Vabadussoja_Ajaloo_Komitee, lk 20
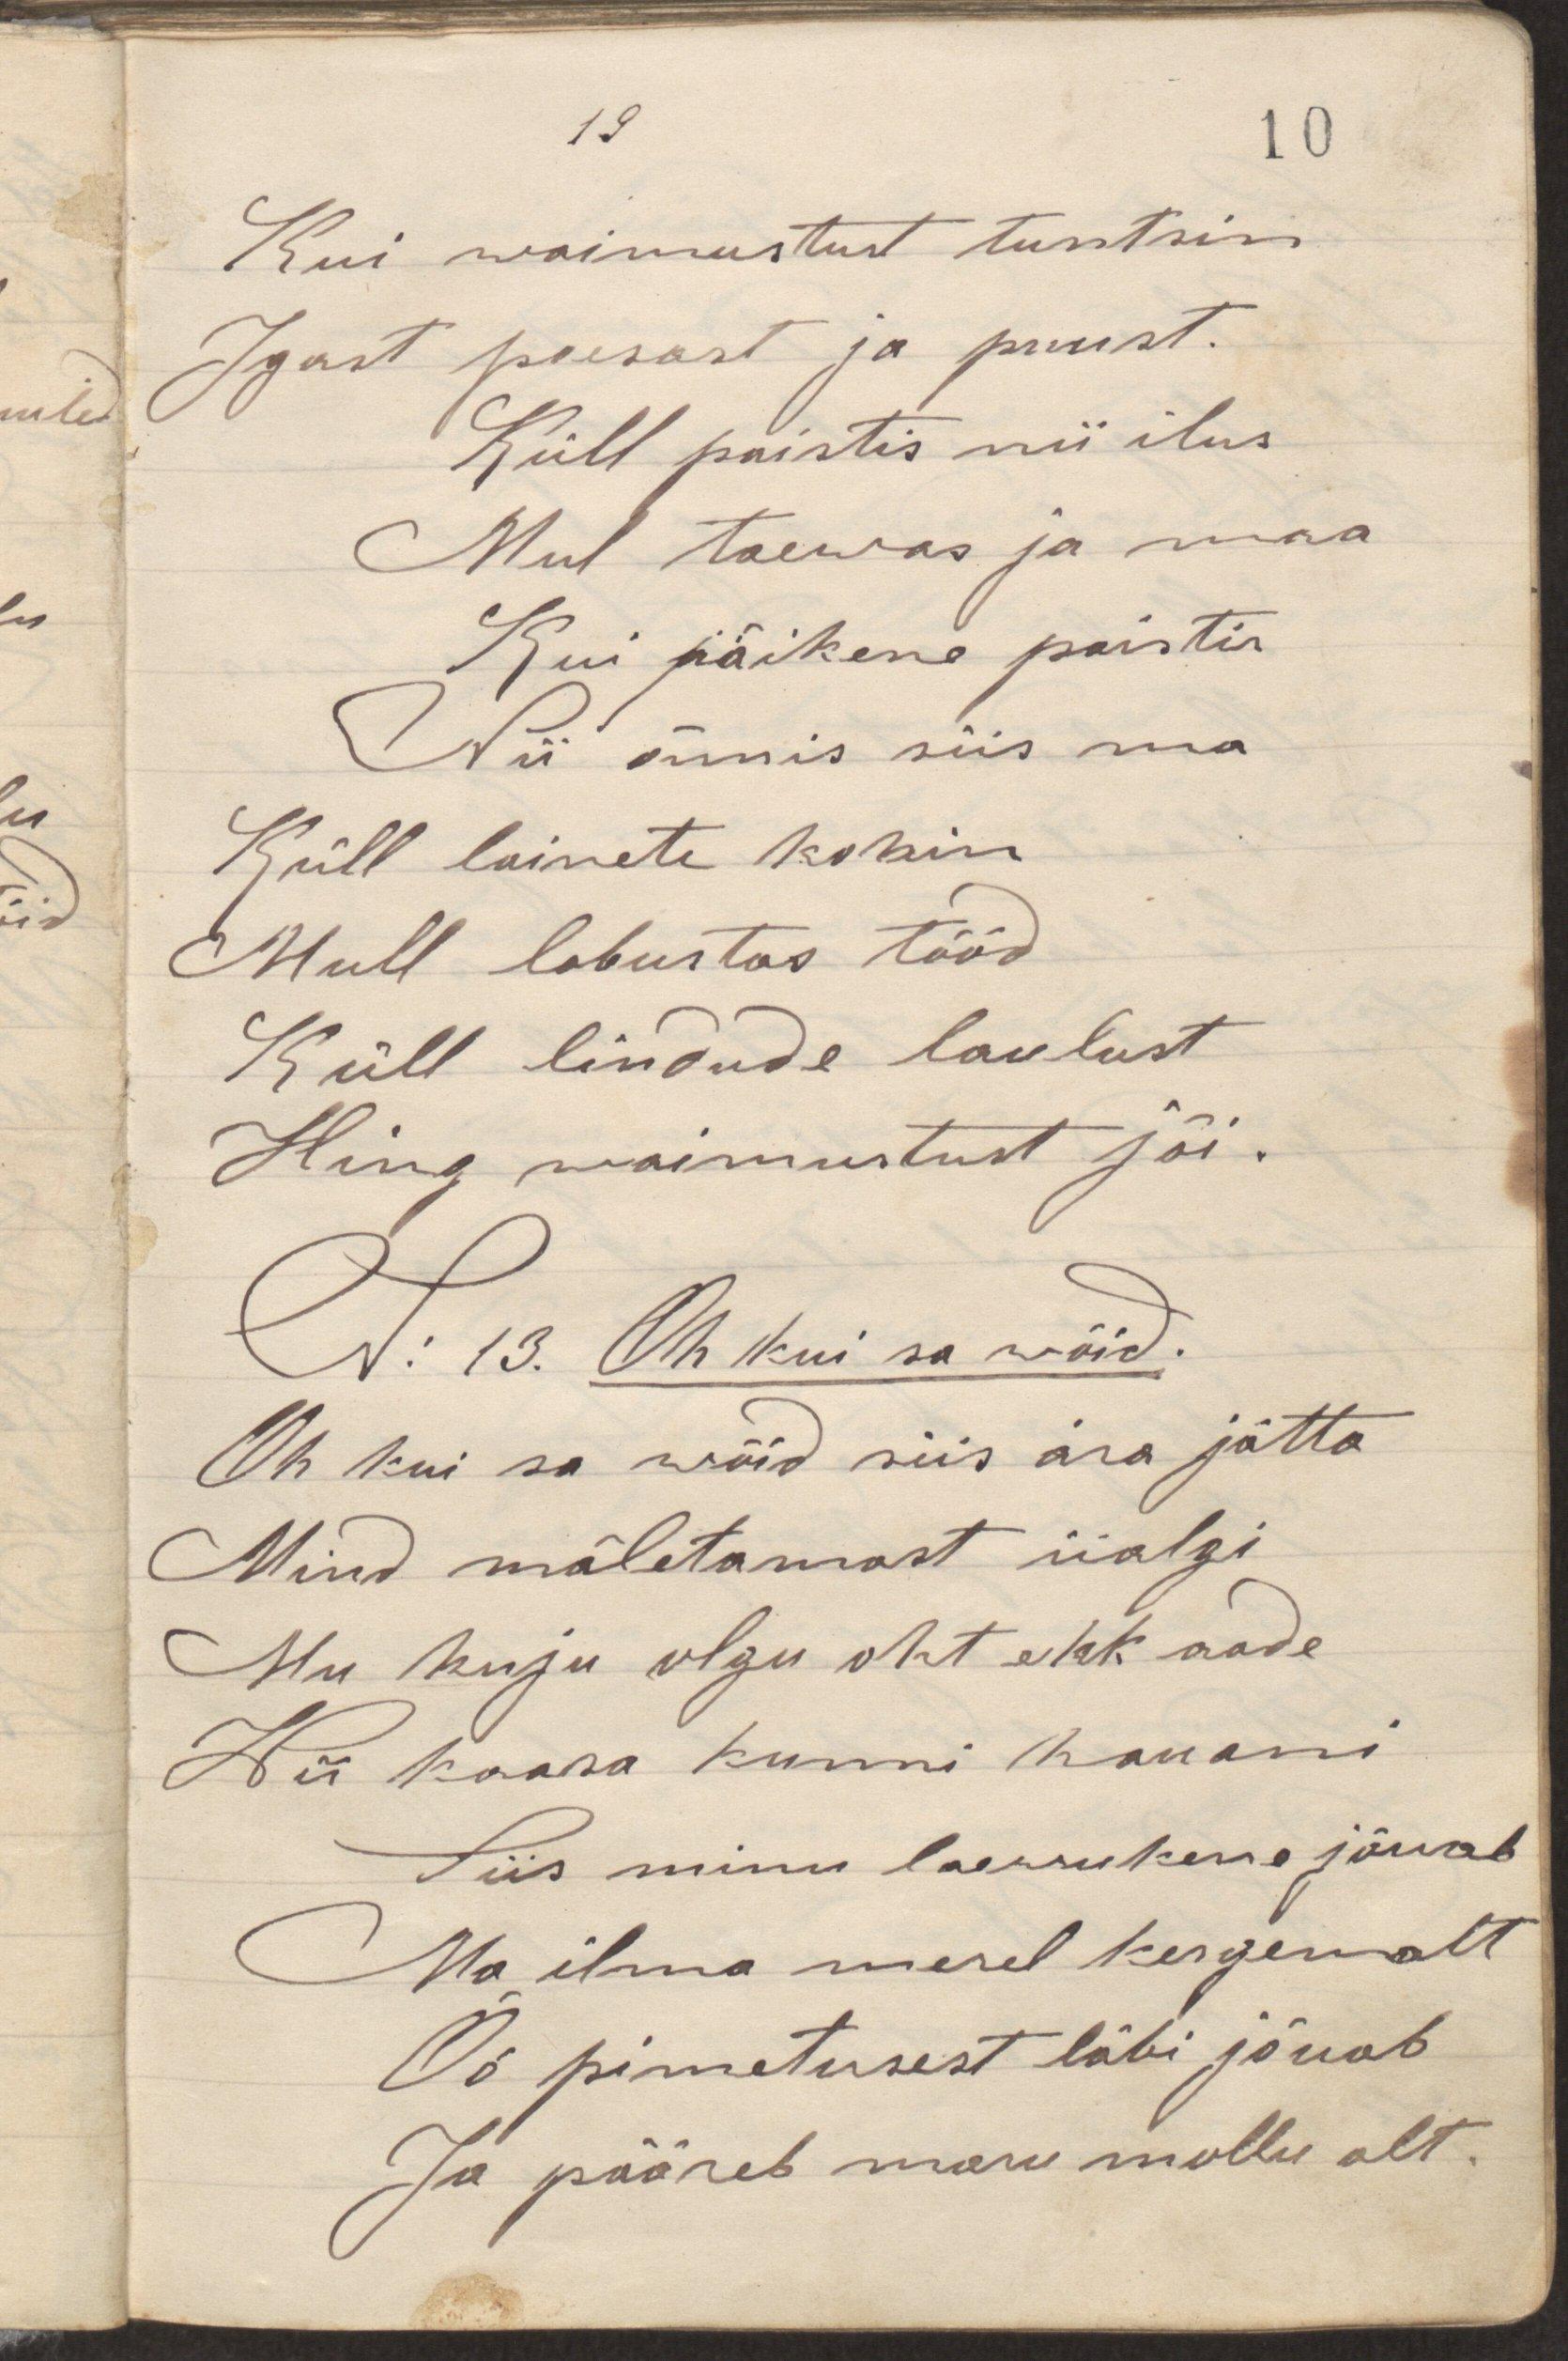
Kui waimustust tuntsin
Igast poesast ja puust.
Küll paistis nii ilus
Mul taewas ja maa
Kui päikene paistis
Nii õnnis siis ma
Küll lainete kohin
Mull lobustas tööd
Küll lindude laulust
Hing waimustust jõi.
N: 13. Oh kui sa wõid.
Oh kui sa wõid siis ära jätta
Mind mäletamast iialgi
Mu kuju olgu oht ehk aade
Wii kaasa kunni hauani
Siis minu laewukene jõuab
Ma ilma merel kergemalt
Öö pimetusest läbi jõuab
Ja pääseb maru mullu alt.